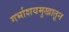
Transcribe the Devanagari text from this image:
गर्भाशयमुखातून